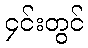
၄င်းတွင်